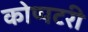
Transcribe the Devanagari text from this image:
कोप्पटरी